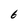
Character: 6